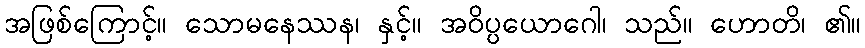
အဖြစ်ကြောင့်။ သောမနေဿန၊ နှင့်။ အဝိပ္ပယောဂေါ၊ သည်။ ဟောတိ၊ ၏။